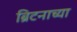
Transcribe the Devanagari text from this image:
ब्रिटनाच्या